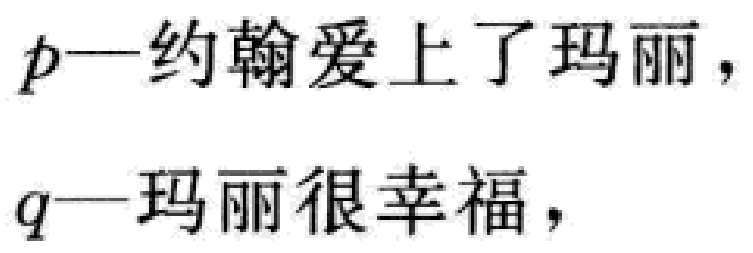
$p$—约翰爱上了玛丽，
$q$—玛丽很幸福，